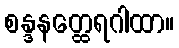
စန္ဒနတ္ထေရဂါထာ။